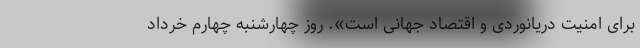
برای امنیت دریانوردی و اقتصاد جهانی است». روز چهارشنبه چهارم خرداد